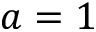
a = 1